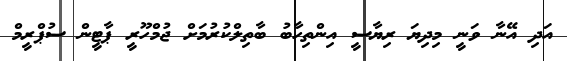
އަދި އޭނާ ވަނީ މިދިޔަ ރިޔާސީ އިންތިހާބު ބާތިލްކުރުމަށް ޖުމްހޫރީ ޕާޓީން ސުޕްރީމް